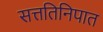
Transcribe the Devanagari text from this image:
सत्ततिनिपात